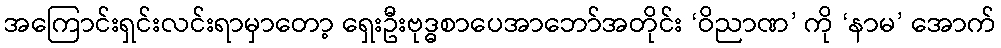
အကြောင်းရှင်းလင်းရာမှာတော့ ရှေးဦးဗုဒ္ဓစာပေအာဘော်အတိုင်း ‘ဝိညာဏ’ ကို ‘နာမ’ အောက်